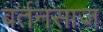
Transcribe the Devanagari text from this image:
बर्तनसाज